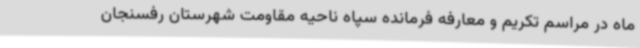
ماه در مراسم تکریم و معارفه فرمانده سپاه ناحیه مقاومت شهرستان رفسنجان